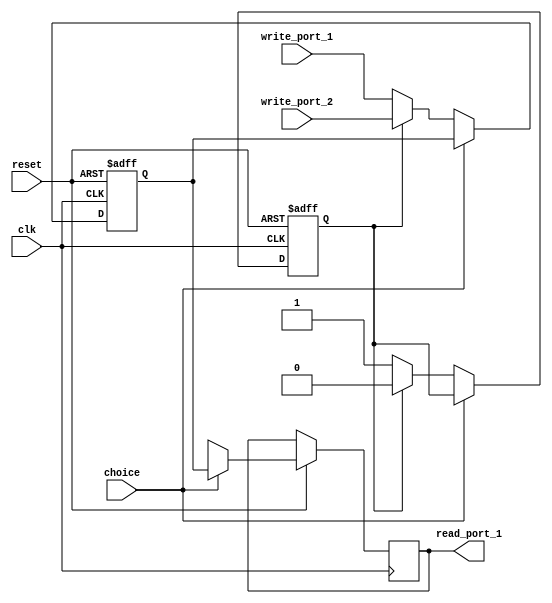
module registerQ2
(
   input [15:0] write_port_1,
	input [15:0] write_port_2,
	input clk,
	input choice,
	input reset,
	output reg [15:0] read_port_1
);

reg [15:0] sixteenBitRegister;
reg portChoice;

always @(posedge clk or negedge reset)
begin

	if(reset==1'b0)
		begin
		
		sixteenBitRegister <= 16'b0;
		portChoice <= 1'b0;
		
		end
		
	else
	begin
		
		if(choice == 0)
		begin
			
			if(portChoice == 0)
			begin
				sixteenBitRegister <= write_port_1;
				read_port_1 <= 16'bx;
				portChoice <= 1'b1;
			end
			else if(portChoice == 1)
			begin
				sixteenBitRegister <= write_port_2;
				read_port_1 <= 16'bx;
				portChoice <= 1'b0;
			end
			
		end
		
		else if(choice == 1)
		begin				
				read_port_1 <= sixteenBitRegister;
		end
		
	end

end
endmodule